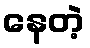
နေတဲ့